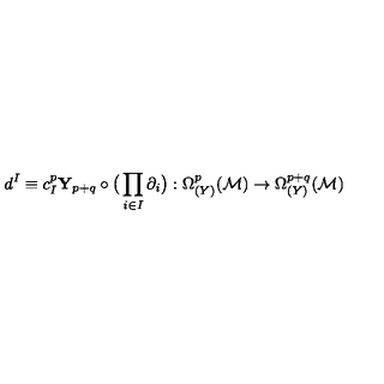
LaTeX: d ^ { I } \equiv c _ { I } ^ { p } { \mathbf Y } _ { p + q } \circ \big ( \prod _ { i \in I } \partial _ { i } \big ) : \Omega _ { ( Y ) } ^ { p } ( { \cal M } ) \rightarrow \Omega _ { ( Y ) } ^ { p + q } ( { \cal M } )